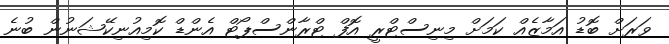
ވަރަށް ބޮޑު އަމާޒެއް ކަމަށް މިނިސްޓްރީ އޮފް ޓްރާންސްޕޯޓް އެންޑް ކޮމިއުނިކޭޝަނުން ބުނެ